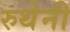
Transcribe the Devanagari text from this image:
रुथेनी